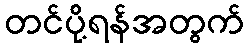
တင်ပို့ရန်အတွက်